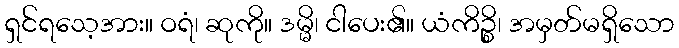
ရှင်ရသေ့အား။ ဝရံ၊ ဆုကို။ ဒမ္မိ၊ ငါပေး၏။ ယံကိဉ္စိ၊ အမှတ်မရှိသော